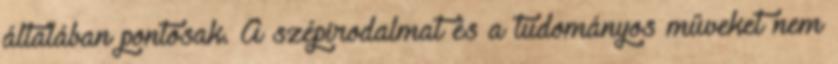
általában pontosak. A szépirodalmat és a tudományos műveket nem